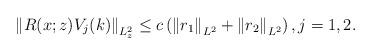
LaTeX: \begin{align*}\left\|R(x;z)V_{j}(k)\right\|_{L_z^{2}} \leq c\left(\left\|r_1\right\|_{L^{2}}+\left\|r_2\right\|_{L^{2}}\right),j=1,2.\end{align*}